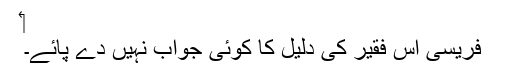
‏
فریسی اُس فقیر کی دلیل کا کوئی جواب نہیں دے پائے۔